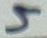
Text: 5